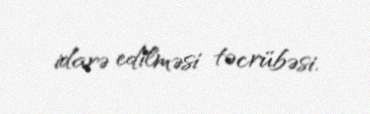
idarə edilməsi təcrübəsi.